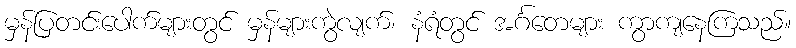
မှန်ပြတင်းပေါက်များတွင် မှန်များကွဲလျက်၊ နံရံတွင် အင်္ဂတေများ ကွာကျနေကြသည်။